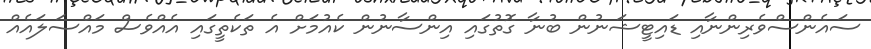
ސައެންސްވެރިންނާއި ޑައިޓީޝަނުން ބުނާ ގޮތުގައި އިންސާނުން ކެއުމަށް އެ ތަކެތީގައި އެއްވެސް މައްސަލައެއް